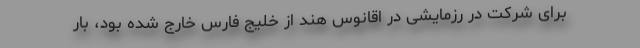
برای شرکت در رزمایشی در اقانوس هند از خلیج فارس خارج شده بود، بار